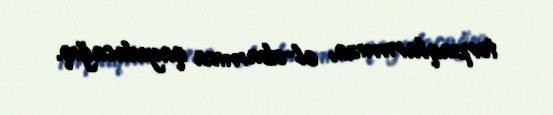
torpaqlarımıza, el-obamıza qayıdacağıq.